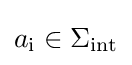
a_{\text{i}}\in \Sigma _{\text{int}}